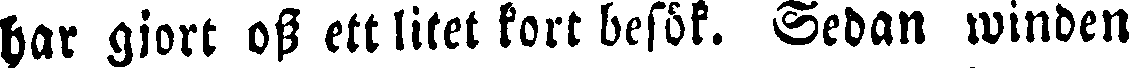
har gjort oss ett litet kort besök. Sedan winden